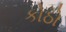
કોઠો